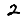
Digit: 2